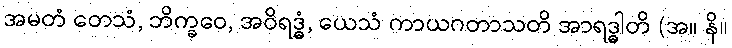
အမတံ တေသံ, ဘိက္ခဝေ, အဝိရဒ္ဓံ, ယေသံ ကာယဂတာသတိ အာရဒ္ဓါတိ (အ။ နိ။